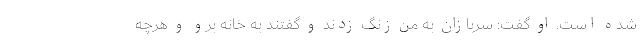
شده است. او گفت: سربازان به من زنگ زدند و گفتند به خانه برو و هرچه